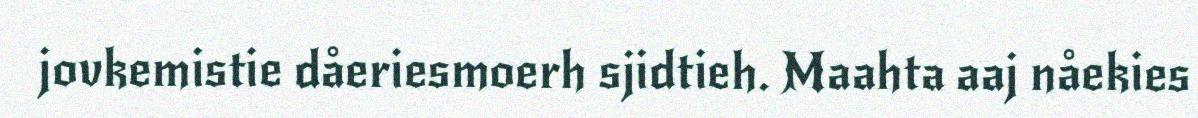
jovkemistie dåeriesmoerh sjidtieh. Maahta aaj nåekies